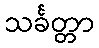
သင်္ခတ္တာ